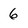
Character: 6